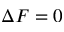
\Delta F = 0